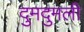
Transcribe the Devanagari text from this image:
दुमदुमली